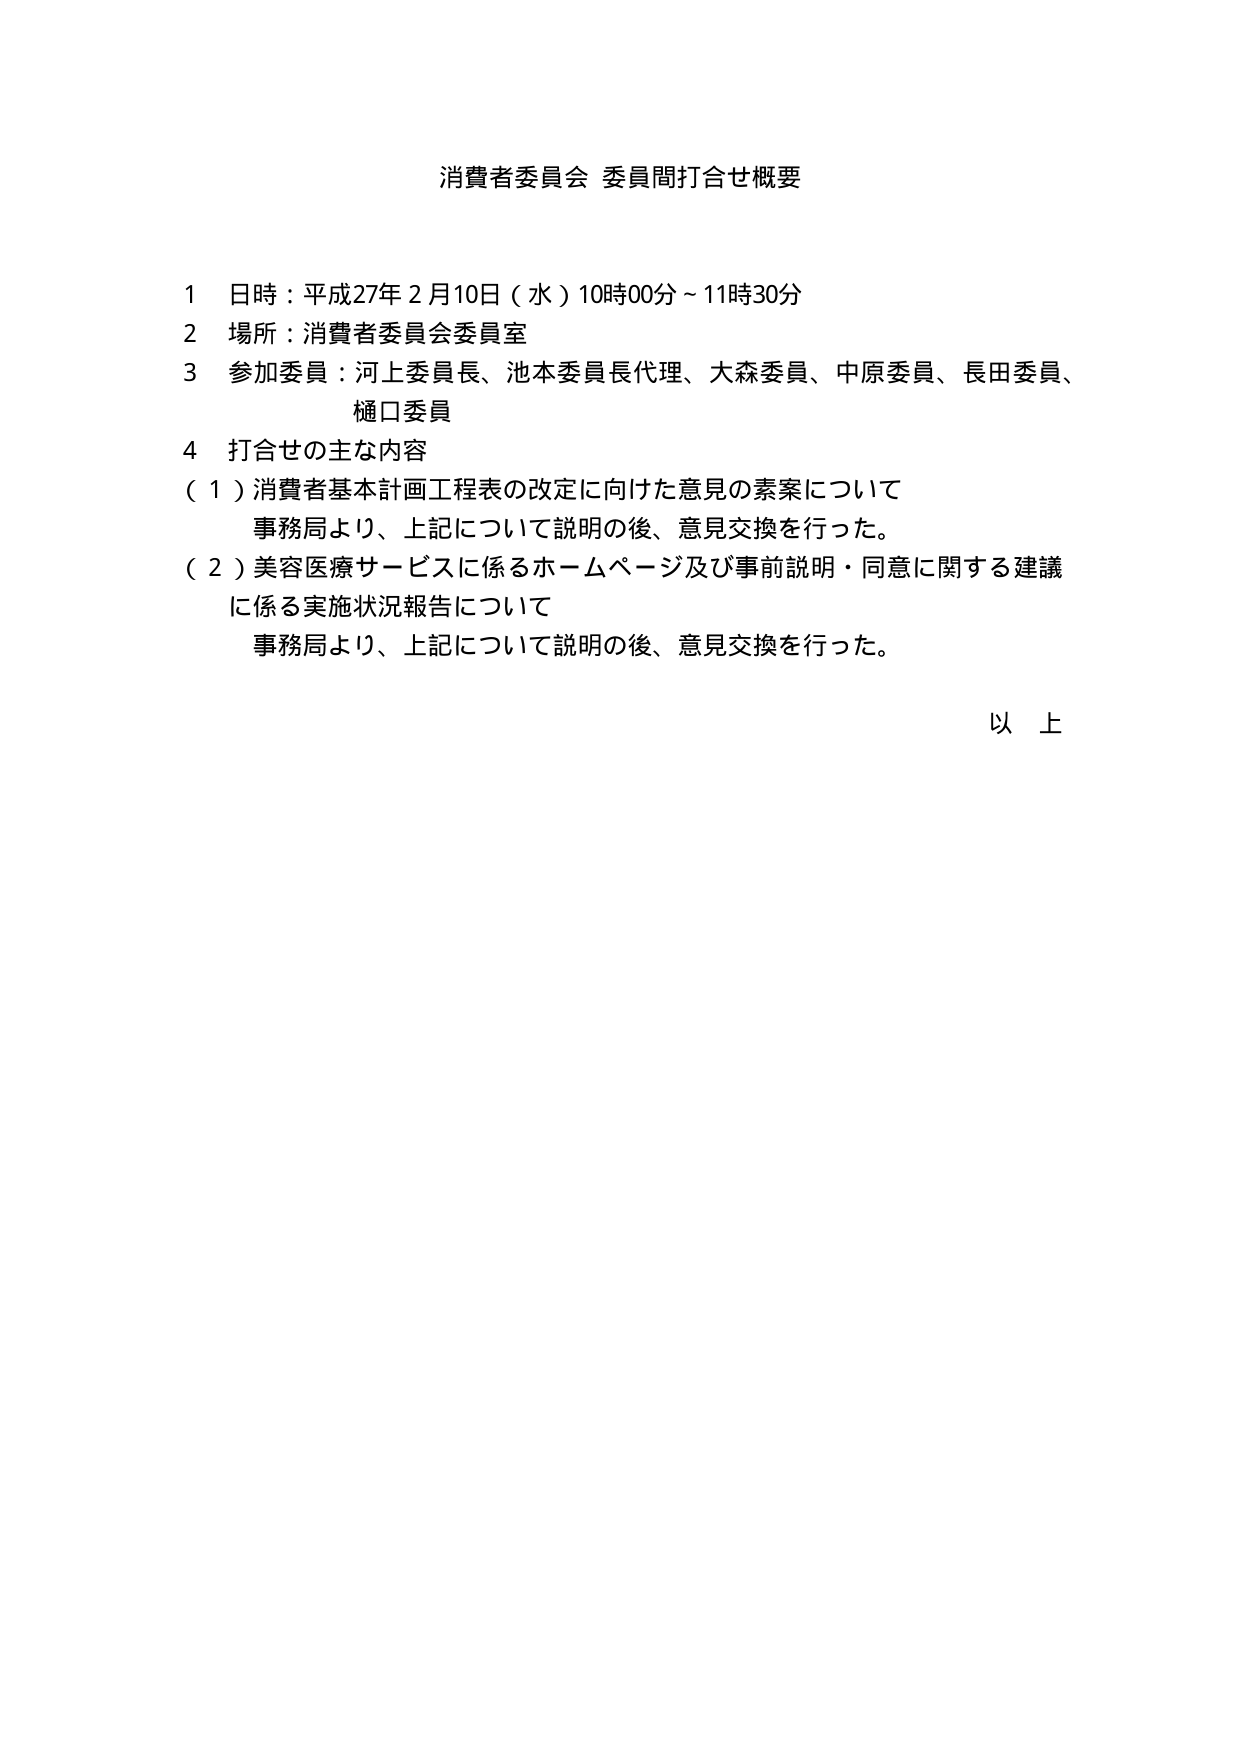
消費者委員会 委員間打合せ概要

1 日時：平成27年2月10日（水）10時00分～11時30分
2 場所：消費者委員会委員室
3 参加委員：河上委員長、池本委員長代理、大森委員、中原委員、長田委員、樋口委員
4 打合せの主な内容
（1）消費者基本計画工程表の改定に向けた意見の素案について
　事務局より、上記について説明の後、意見交換を行った。
（2）美容医療サービスに係るホームページ及び事前説明・同意に関する建議に係る実施状況報告について
　事務局より、上記について説明の後、意見交換を行った。

以上